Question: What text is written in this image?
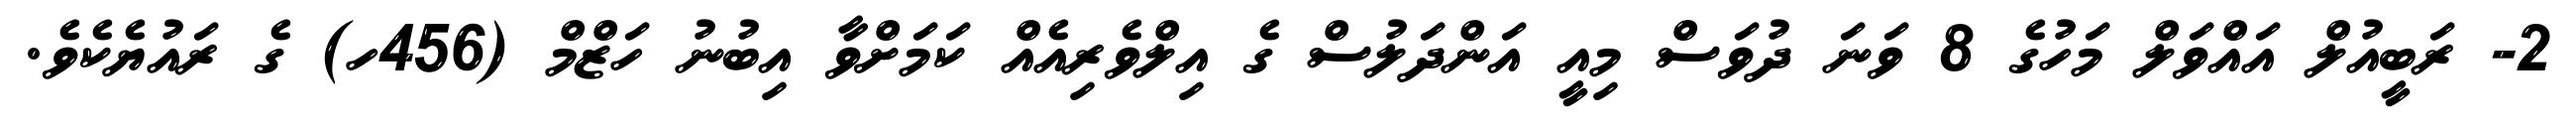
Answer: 2- ރަބީއުލް އައްވަލް މަހުގެ 8 ވަނަ ދުވަސް މިއީ އަންދަލުސް ގެ އިލްވެރިއެއް ކަމަށްވާ އިބުނު ހަޒްމް (456ހ) ގެ ރައުޔެކެވެ.